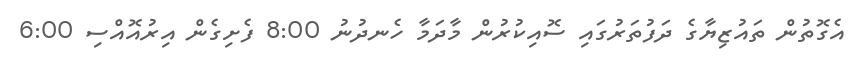
އެގޮތުން ތައުޒިޔާގެ ދަފުތަރުގައި ސޮއިކުރުން މާދަމާ ހެނދުނު 8:00 ފެށިގެން އިރުއޮއްސި 6:00